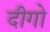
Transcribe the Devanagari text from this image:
दीगो